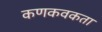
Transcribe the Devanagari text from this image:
कणकवकता